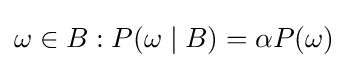
\omega \in B:P(\omega \mid B)=\alpha P(\omega )